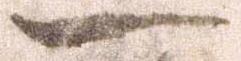
一